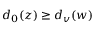
d _ { 0 } ( z ) \geq d _ { v } ( w )